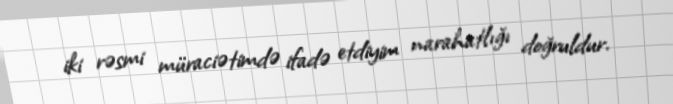
iki rəsmi müraciətimdə ifadə etdiyim narahatlığı doğruldur.